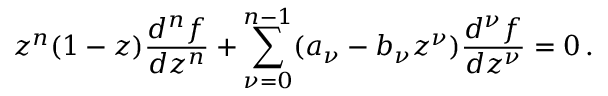
z ^ { n } ( 1 - z ) \frac { d ^ { n } f } { d z ^ { n } } + \sum _ { \nu = 0 } ^ { n - 1 } ( a _ { \nu } - b _ { \nu } z ^ { \nu } ) \frac { d ^ { \nu } f } { d z ^ { \nu } } = 0 \, .